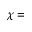
\chi =